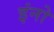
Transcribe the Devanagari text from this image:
इंनो